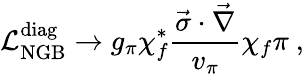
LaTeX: {\cal{L}}_{\mathrm{NGB}}^{\mathrm{diag}}\to g_{\pi}\chi_{f}^{*}\frac{\vec{\sigma}\cdot\vec{\nabla}}{v_{\pi}}\chi_{f}\pi~,